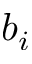
b _ { i }